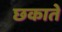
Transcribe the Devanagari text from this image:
छकाते